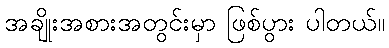
အချိုးအစားအတွင်းမှာ ဖြစ်ပွား ပါတယ်။